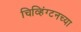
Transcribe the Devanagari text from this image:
चिव्हिंग्टनच्या